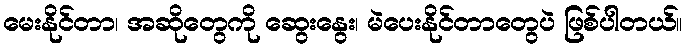
မေးနိုင်တာ၊ အဆိုတွေကို ဆွေးနွေး၊ မဲပေးနိုင်တာတွေပဲ ဖြစ်ပါတယ်။